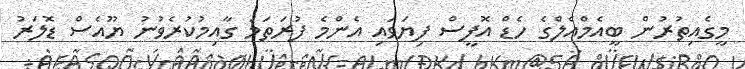
މީގެއިތުރުން ބީއެމްއެލްގެ ހެޑް އޮފީސް ފިޔަވައި އެންމެ ފުރަތަމަ ގާއިމުކުރެވުނު ޔޫއެސް ޑޮލަރު